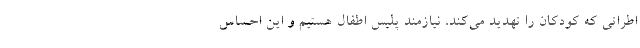
اطراتی که کودکان را تهدید می‌کند، نیازمند پلیس اطفال هستیم و این احساس